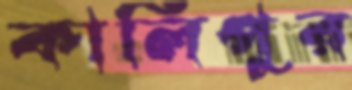
কালিপুর